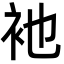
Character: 衪